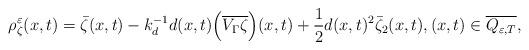
LaTeX: \begin{align*} \rho_\zeta^\varepsilon(x,t) = \bar{\zeta}(x,t)-k_d^{-1}d(x,t)\Bigl(\overline{V_\Gamma\zeta}\Bigr)(x,t)+\frac{1}{2}d(x,t)^2\bar{\zeta}_2(x,t), (x,t)\in\overline{Q_{\varepsilon,T}}, \end{align*}